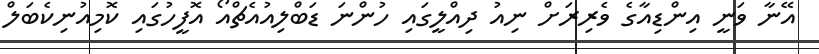
އޭނާ ވަނީ އިންޑިއާގެ ވެރިރަށް ނިއު ދިއްލީގައި ހުންނަ ޑަބްލިއުއެޗްއޯ އޮފީހުގައި ކޮމިއުނިކެބަލް